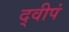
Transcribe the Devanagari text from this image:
द्वीपं